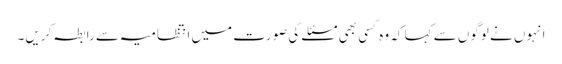
انہوں نے لوگوں سے کہا کہ وہ کسی بھی مسئلے کی صورت میں انتظامیہ سے رابطہ کریں۔